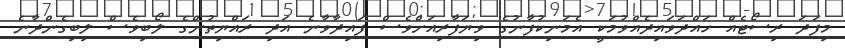
މިފަދަ ރިސޯޓެއް ހައްދަވައިދެއްވުމަކީ އެމަނިކުފާނުގެ ވިޔަފާރިއަށްވެސް ފައިދާވާނެ އަދި ރައްޔިތުންގެ ލޯބިވެސް ލިބިގެންދާނެ